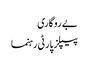
بے روگاری
پیپلز پارٹی رہنما